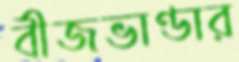
বীজভাণ্ডার